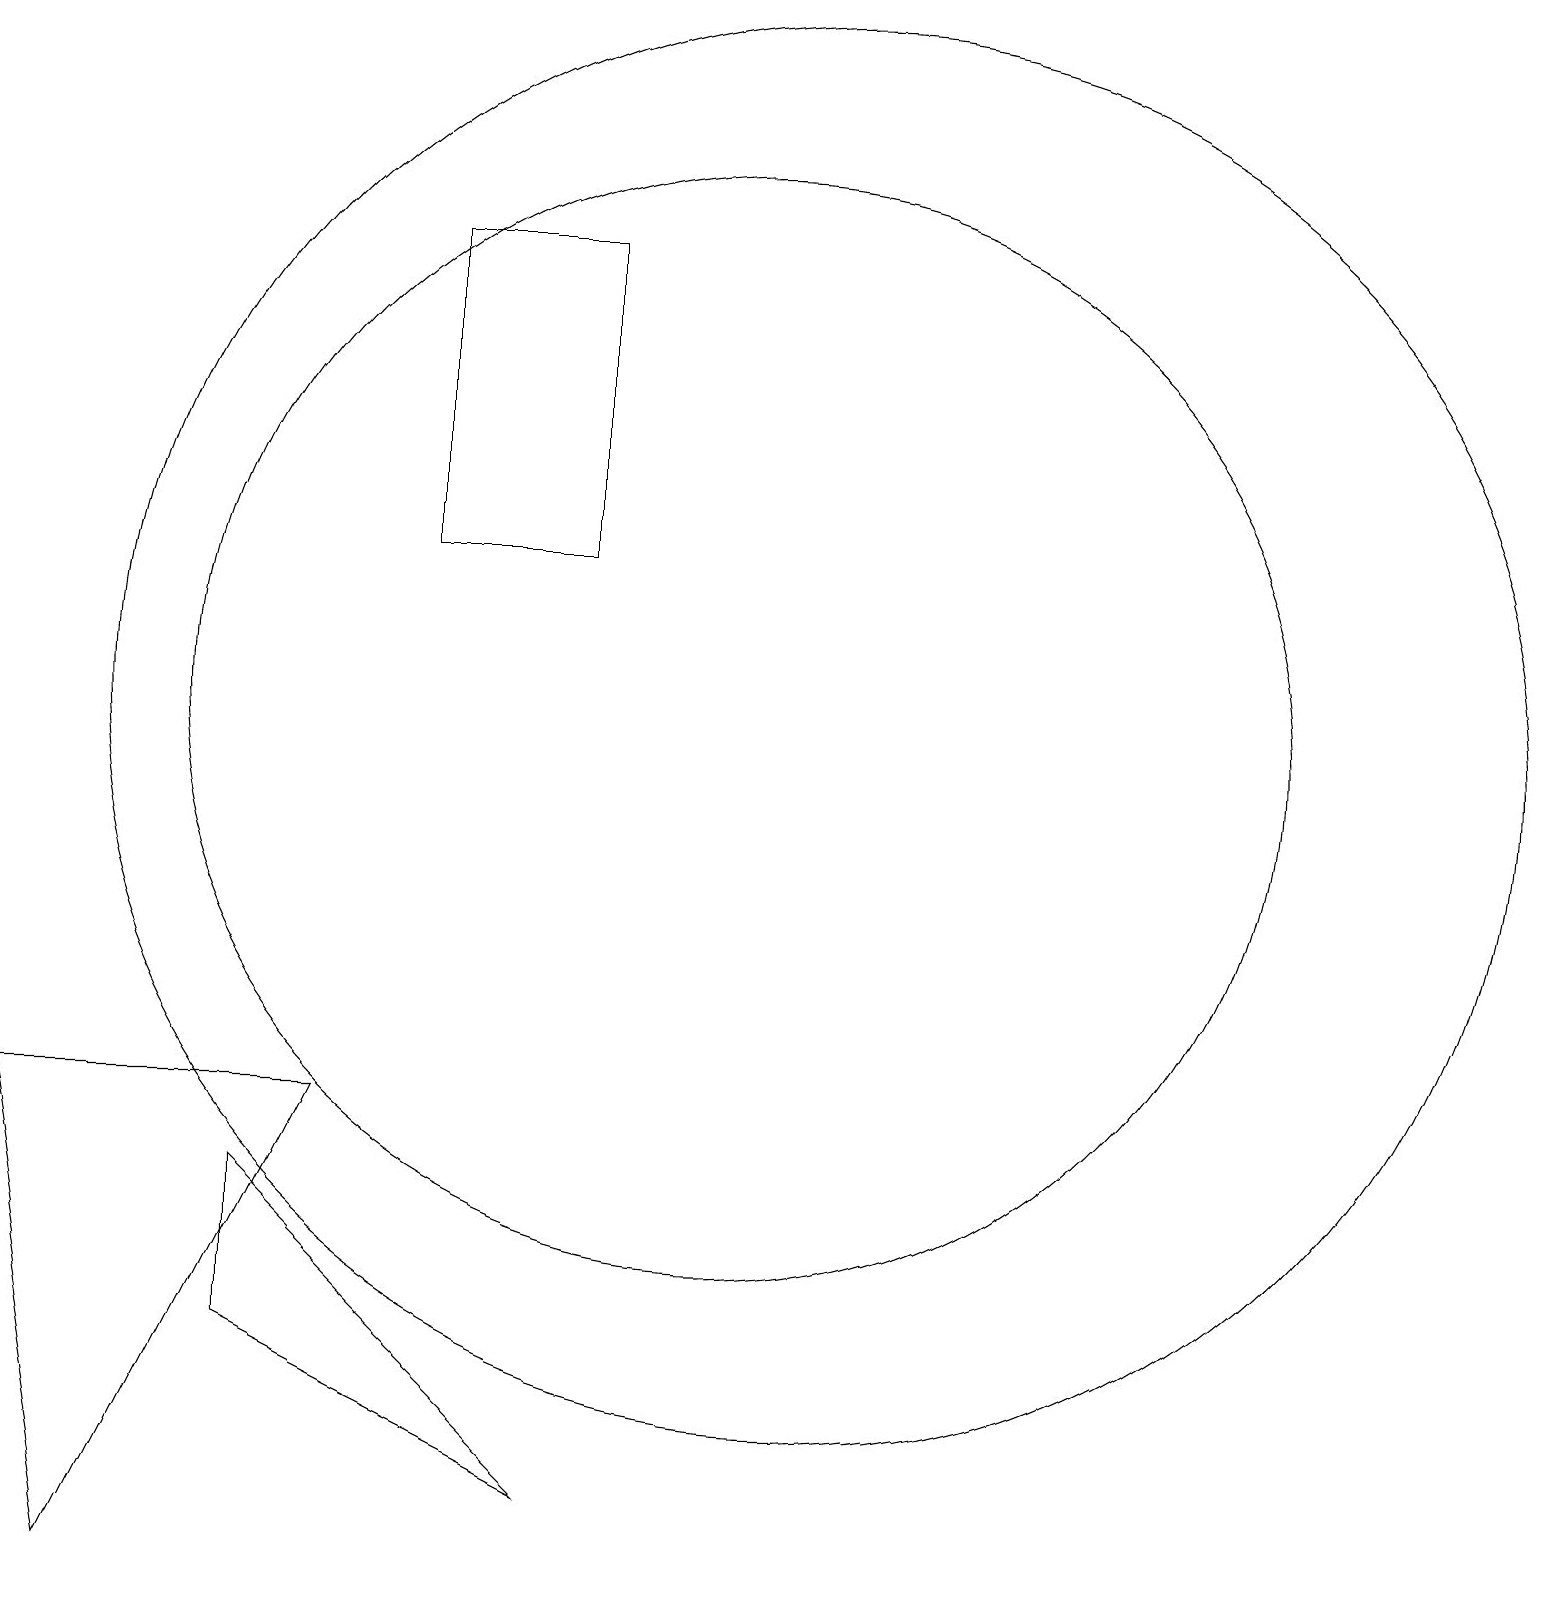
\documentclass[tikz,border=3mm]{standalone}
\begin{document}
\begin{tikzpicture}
\draw (2,1) -- (1,7) -- (5,7) -- cycle;
\draw (8,14) rectangle (6,18);
\draw (4,6) -- (8,2) -- (4,4) -- cycle;
\draw (11,12) circle (9);
\draw (10,12) circle (7);
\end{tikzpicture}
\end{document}